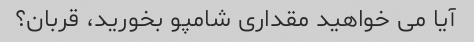
آیا می خواهید مقداری شامپو بخورید، قربان؟